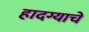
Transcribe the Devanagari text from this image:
हादग्याचे